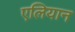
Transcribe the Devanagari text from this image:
एलियान